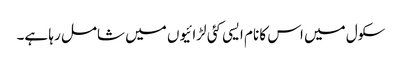
سکول میں اس کا نام ایسی کئی لڑائیوں میں شامل رہا ہے۔